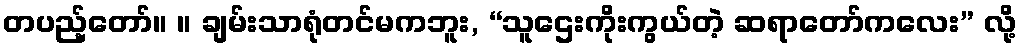
တပည့်တော်။ ။ ချမ်းသာရုံတင်မကဘူး, “သူဌေးကိုးကွယ်တဲ့ ဆရာတော်ကလေး” လို့